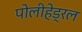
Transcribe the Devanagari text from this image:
पोलीहेड्रल